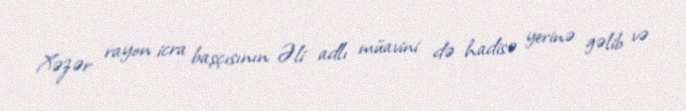
Xəzər rayon icra başçısının Əli adlı müavini də hadisə yerinə gəlib və